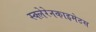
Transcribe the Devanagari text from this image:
स्क्लेरेनकाइमेटस